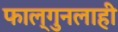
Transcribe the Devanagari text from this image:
फाल्गुनलाही